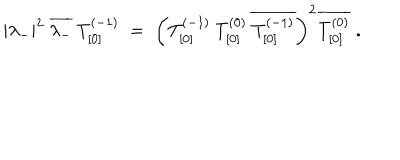
| \lambda _ { - } | ^ { 2 } \: \overline { { { \lambda _ { - } } } } \: T _ { [ 0 ] } ^ { ( - 1 ) } \; = \; \left( T _ { [ 0 ] } ^ { ( - 1 ) } \: T _ { [ 0 ] } ^ { ( 0 ) } \: \overline { { { T _ { [ 0 ] } ^ { ( - 1 ) } } } } \right) ^ { 2 } \overline { { { T _ { [ 0 ] } ^ { ( 0 ) } } } } \; .